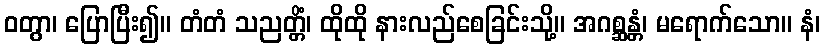
ဝတွာ၊ ပြောပြီး၍။ တံတံ သညတ္တိံ၊ ထိုထို နားလည်စေခြင်းသို့။ အဂစ္ဆန္တံ၊ မရောက်သော။ နံ၊